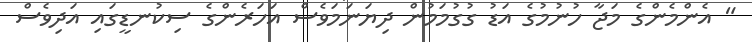
" އެންމެންގެ މަޖާ ހުނުމުގެ އަޑު ގުގުމަމުން ދިޔަނަމަވެސް އަހަރެންގެ ސިކުނޑީގައި އަދިވެސް